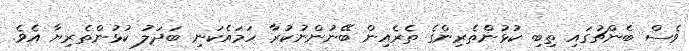
ވެސް ބެންޗުގައި ތިބި ކުޅުންތެރިންގެ ތެރެއިން ބޭނުންނުކުރާ ހަމައެކަނި ބަދަލު ކުޅުންތެރިޔާ އެވެ.